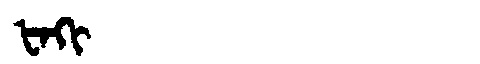
Manchu: ᡶᠠᡴᡳ
Romanization: FAKI